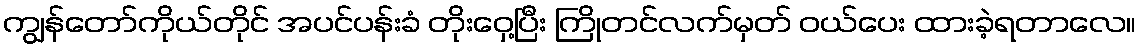
ကျွန်တော်ကိုယ်တိုင် အပင်ပန်းခံ တိုးဝှေ့ပြီး ကြိုတင်လက်မှတ် ဝယ်ပေး ထားခဲ့ရတာလေ။